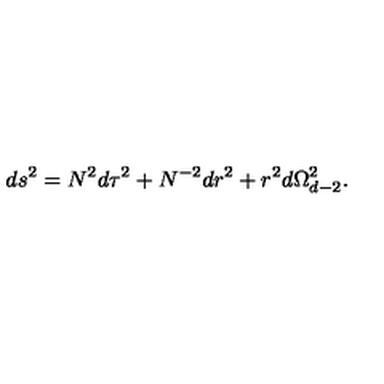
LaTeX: d s ^ { 2 } = N ^ { 2 } d \tau ^ { 2 } + N ^ { - 2 } d r ^ { 2 } + r ^ { 2 } d \Omega _ { d - 2 } ^ { 2 } .